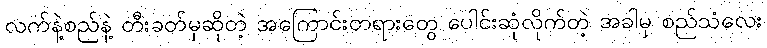
လက်နဲ့စည်နဲ့ တီးခတ်မှဆိုတဲ့ အကြောင်းတရားတွေ ပေါင်းဆုံလိုက်တဲ့ အခါမှ စည်သံလေး